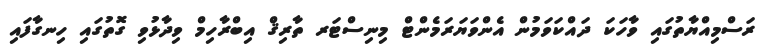
ރަސްމިއްޔާތުގައި ވާހަކަ ދައްކަވަމުން އެންވަޔަރަމެންޓް މިނިސްޓަރ ތާރިޤް އިބްރާހިމް ވިދާޅުވި ގޮތުގައި ހިނގާފައި